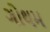
ગોથમ